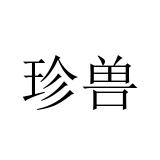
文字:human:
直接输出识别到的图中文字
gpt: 珍兽